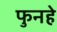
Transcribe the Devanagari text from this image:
फुनहे